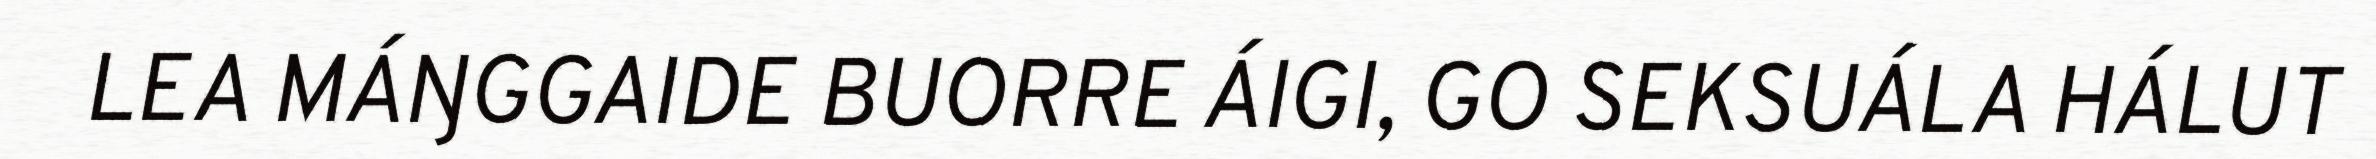
LEA MÁŊGGAIDE BUORRE ÁIGI, GO SEKSUÁLA HÁLUT